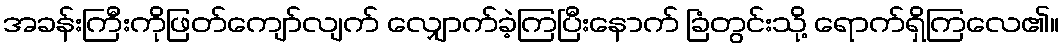
အခန်းကြီးကိုဖြတ်ကျော်လျက် လျှောက်ခဲ့ကြပြီးနောက် ခြံတွင်းသို့ ရောက်ရှိကြလေ၏။